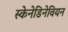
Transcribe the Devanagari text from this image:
स्केनेडिनेवियन